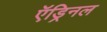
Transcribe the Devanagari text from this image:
ऍड्रिनल